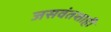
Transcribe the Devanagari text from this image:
जसवंतशाही